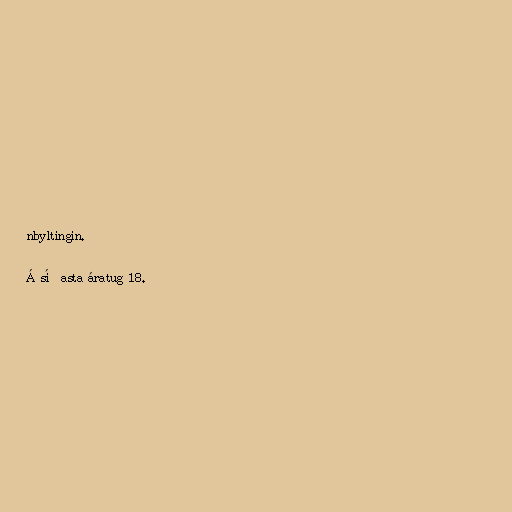
nbyltingin.

Á síðasta áratug 18.